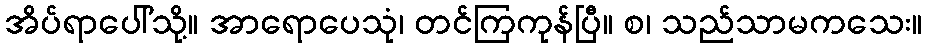
အိပ်ရာပေါ်သို့။ အာရောပေသုံ၊ တင်ကြကုန်ပြီ။ စ၊ သည်သာမကသေး။